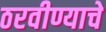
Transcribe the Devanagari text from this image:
ठरवीण्याचे